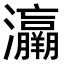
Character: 𤅘